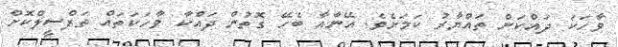
ވާހަކަ ދައްކަން ތައްޔާރު ކަމަށެވެ. އޭނާއާ ބެހޭ ގޮތުން ދައްކާ ވާހަކަތައް ތަފްސީލްކޮށް